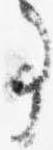
事